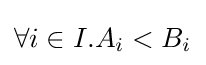
\forall i\in I.A_{i}<B_{i}